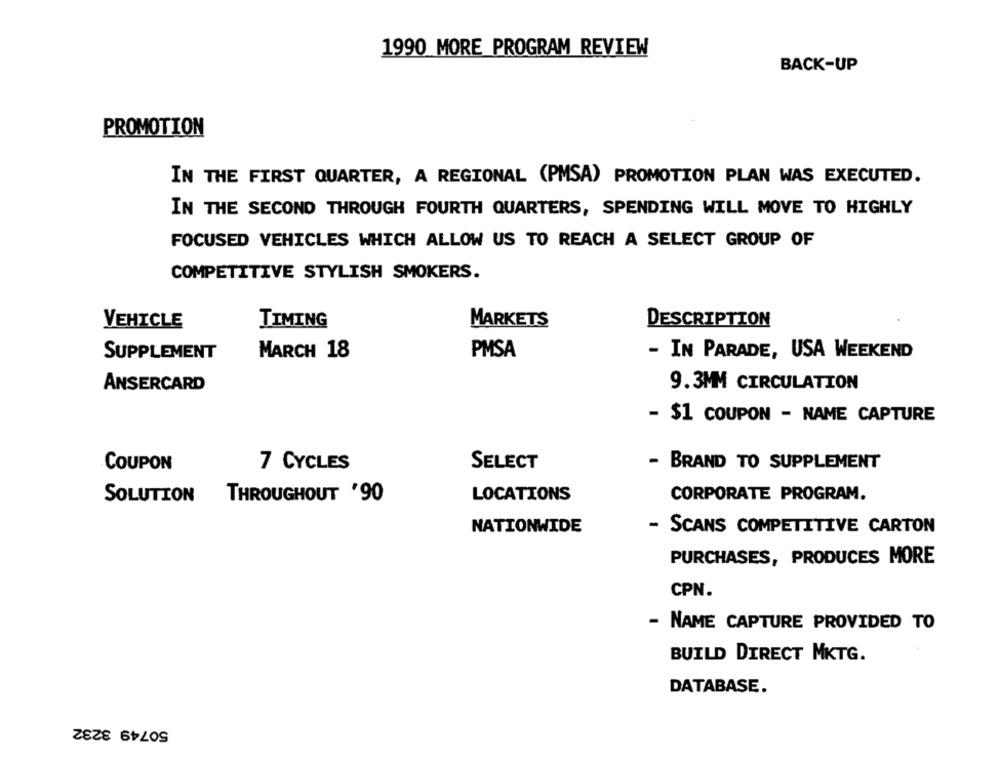
1990 MORE PROGRAM REVIEW
BACK-UP
PROMOTION
IN THE FIRST QUARTER, A REGIONAL (PMSA) PROMOTION PLAN WAS EXECUTED.
IN THE SECOND THROUGH FOURTH QUARTERS, SPENDING WILL MOVE TO HIGHLY
FOCUSED VEHICLES WHICH ALLOW US TO REACH A SELECT GROUP OF
COMPETITIVE STYLISH SMOKERS.
VEHICLE
TIMING
MARKETS
DESCRIPTION
SUPPLEMENT
MARCH 18
PMSA
- IN PARADE, USA WEEKEND
ANSERCARD
9.3MM CIRCULATION
- $1 COUPON - NAME CAPTURE
- BRAND TO SUPPLEMENT
COUPON
7 CYCLES
SELECT
THROUGHOUT '90
LOCATIONS
CORPORATE PROGRAM.
SOLUTION
NATIONWIDE
- SCANS COMPETITIVE CARTON
PURCHASES, PRODUCES MORE
CPN.
NAME CAPTURE PROVIDED TO
BUILD DIRECT MKTG.
DATABASE.
50749 3232